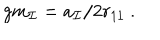
g m _ { \cal I } = a _ { \cal I } / 2 r _ { 1 1 } \ .